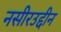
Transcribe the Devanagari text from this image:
नसीरउद्दीन